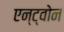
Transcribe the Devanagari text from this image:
एन्ट्वोन